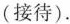
(接待).